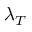
\lambda _ { T }